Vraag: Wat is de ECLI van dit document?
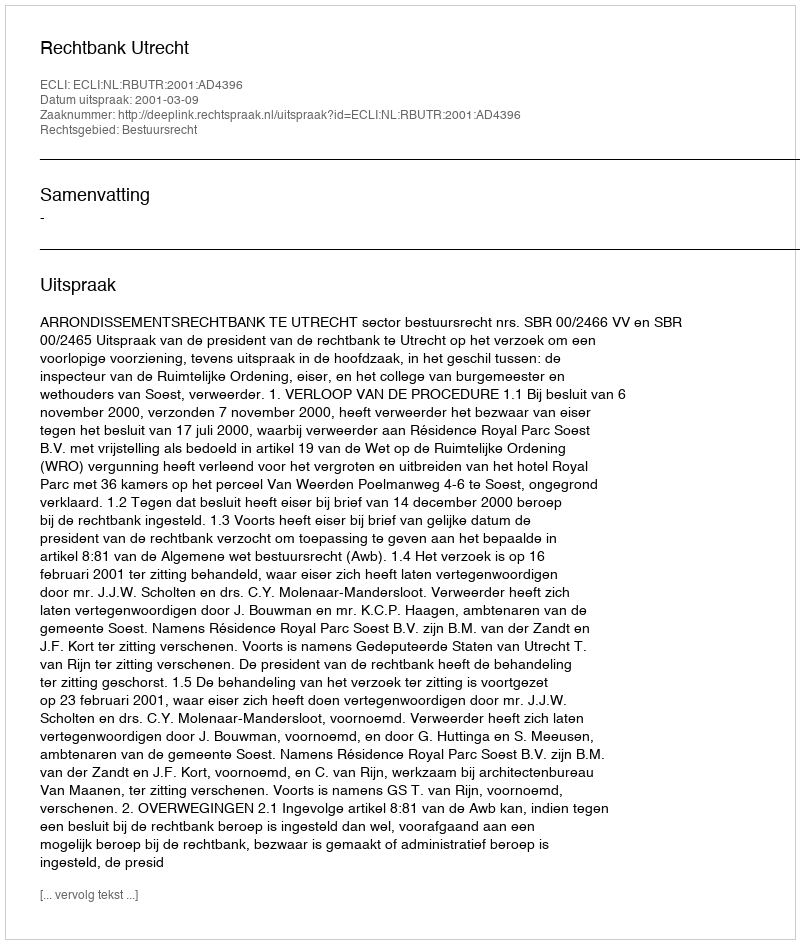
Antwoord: ECLI:NL:RBUTR:2001:AD4396